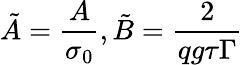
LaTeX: \tilde{A}=\frac{A}{\sigma_{0}},\tilde{B}=\frac{2}{qg\tau\Gamma}